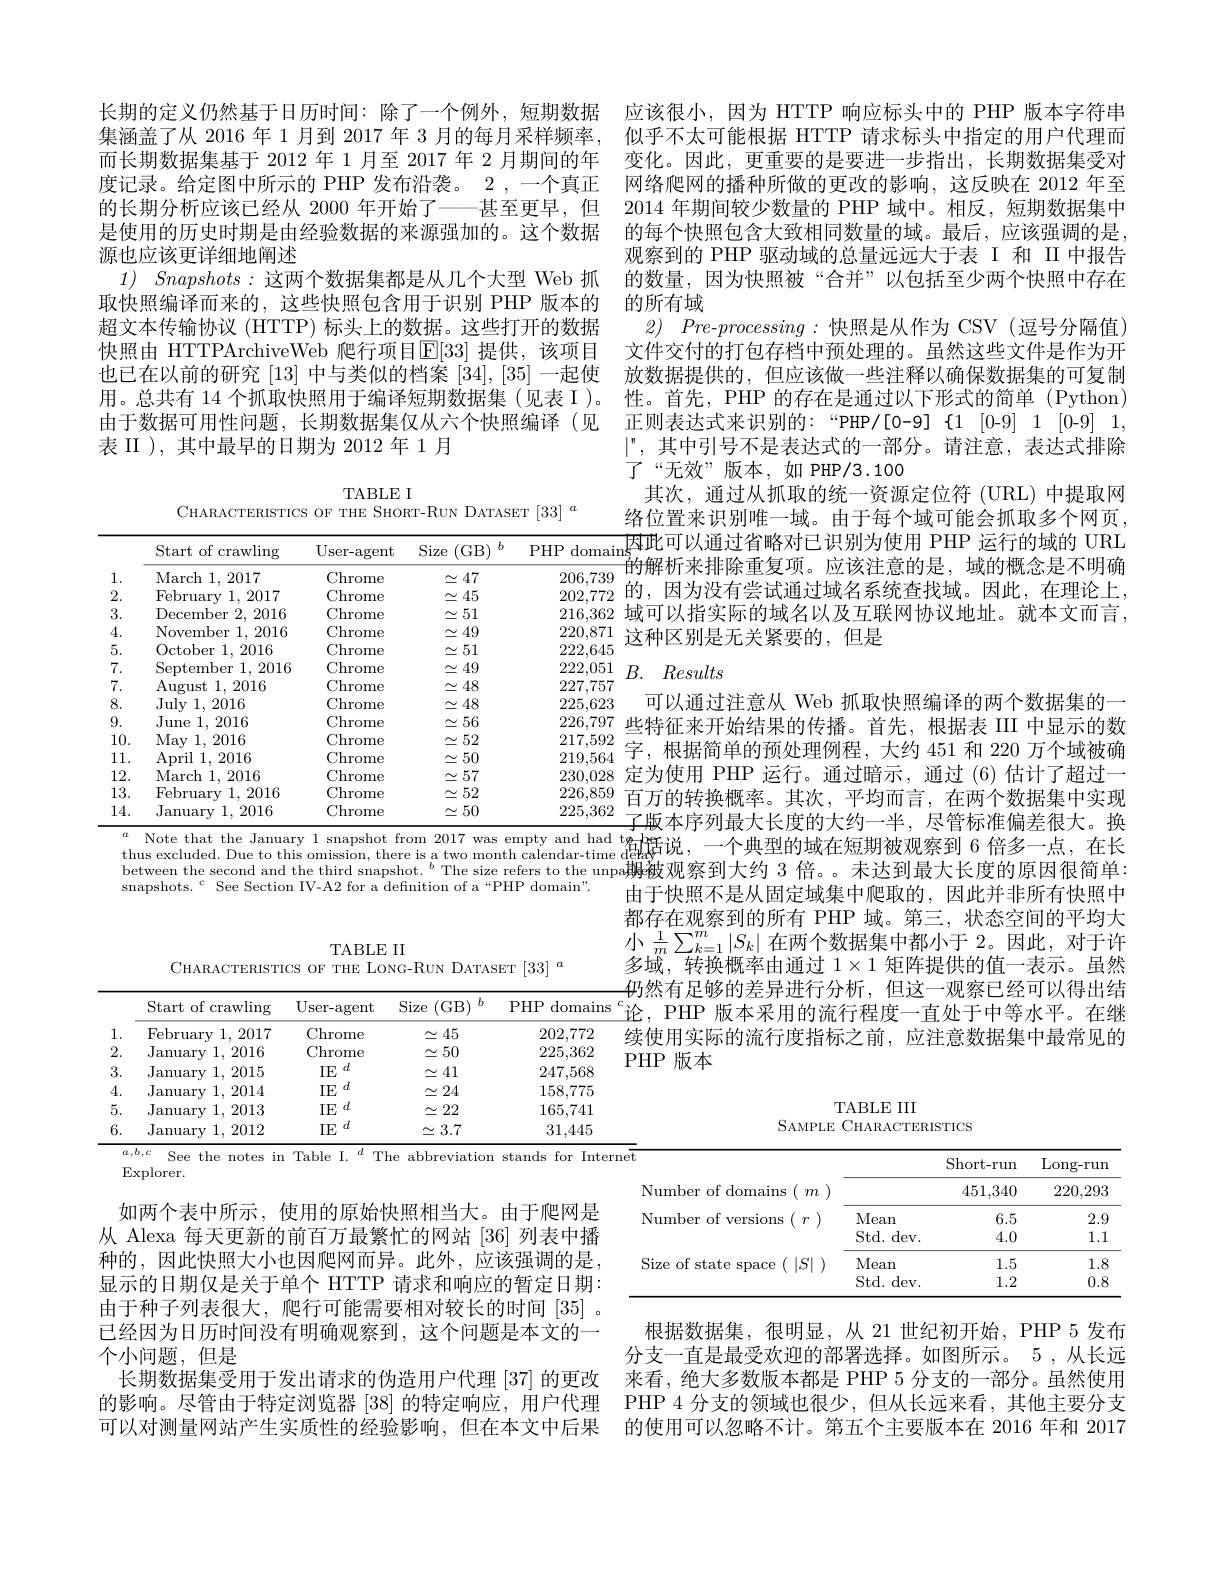
1.

$\underset{\mathrm{Chrome}}{\operatorname*{Chrome}}$

202,772

February 1,2017

$\simeq45$

${\tilde{2}.}$

January 1,2016

$\simeq50$

225,362

$\underset{\mathrm{TF~d}}{\operatorname*{Chrome}}$

January 1,2015

IE $^d$

3.

$\simeq41$

247,568

${\mathrm{IE}}^{\:}{\mathrm{IE}}^{d}$

$\begin{array}{llllllllllllllllllll}&&&&&&&&&&&&&&&&\\&4.&&&&&&&&&&&&&&&\end{array}$

158,775

$\simeq24$

5.

IE $^d$

$\underline{=22}$

January 1,2013

165,741

IE $^d$

6.

31,445

$\simeq3.7$

January 1,2012

${\frac{a,b,c\:\mathrm{See~the~notes~in~Table~I.~}^{d}\:\mathrm{The~abbreviation~stands~for~Internet}}}$

Explorer.

如两个表中所示，使用的原始快照相当大。由于爬网是从 Alexa 每天更新的前百万最繁忙的网站 [36] 列表中播种的，因此快照大小也因爬网而异。此外，应该强调的是， 显示的日期仅是关于单个 HTTP 请求和响应的暂定日期： 由于种子列表很大，爬行可能需要相对较长的时间|35|。已经因为日历时间没有明确观察到，这个问题是本文的一个小问题，但是
长期数据集受用于发出请求的伪造用户代理 [37] 的更改的影响。尽管由于特定浏览器[38]的特定响应，用户代理可以对测量网站产生实质性的经验影响，但在本文中后果

长期的定义仍然基于日历时间：除了一个例外，短期数据集涵盖了从 2016 年 1 月到 2017 年 3 月的每月采样频率， 而长期数据集基于 2012 年 1 月至 2017 年 2 月期间的年度记录。给定图中所示的 PHP 发布沿袭。2 ,一个真正的长期分析应该已经从 2000 年开始了——甚至更早，但是使用的历史时期是由经验数据的来源强加的。这个数据源也应该更详细地阐述
1) $Snapshots:$这两个数据集都是从几个大型 Web 抓取快照编译而来的，这些快照包含用于识别 PHP 版本的超文本传输协议 (HTTP) 标头上的数据。这些打开的数据快照由 HTTPArchiveWeb 爬行项目$\operatorname{E}[33]$ 提供，该项目也已在以前的研究 [13] 中与类似的档案 [34],[35] 一起使用。总共有 14 个抓取快照用于编译短期数据集 (见表 I )。由于数据可用性问题，长期数据集仅从六个快照编译(见表 II ), 其中最早的日期为 2012 年 1 月

TABLE I
CHARACTERISTICS OF THE SHORT-RUN DATASET $[33]^a$

### $B.$ Results
<table>
	<tbody>
		<tr>
			<th> </th>
			<th>Start of crawling</th>
			<th>User- agent</th>
			<th>Size (GB)</th>
			<th>$PHP$ domaina</th>
		</tr>
		<tr>
			<td>1</td>
			<td>March 1, 2017</td>
			<td>Chrome</td>
			<td>$\simeq47$</td>
			<td>206,739</td>
		</tr>
		<tr>
			<td>2.</td>
			<td>February 1,2017</td>
			<td>Chrome</td>
			<td>$\simeq45$</td>
			<td>202,772</td>
		</tr>
		<tr>
			<td>3.</td>
			<td>December r 2, 2016</td>
			<td>Chrome</td>
			<td>$\simeq51$</td>
			<td>216,362 1</td>
		</tr>
		<tr>
			<td>4.</td>
			<td>November 1, 2016</td>
			<td>Chrome</td>
			<td>$\simeq49$</td>
			<td>220,871</td>
		</tr>
		<tr>
			<td>5.</td>
			<td>October 1, 2016</td>
			<td>Chrome</td>
			<td>$\simeq51$</td>
			<td>222,645</td>
		</tr>
		<tr>
			<td>7.</td>
			<td>September 1, 2016</td>
			<td>Chrome</td>
			<td>$\simeq49$</td>
			<td>222,051 </td>
		</tr>
		<tr>
			<td>7.</td>
			<td>August 1, 2016</td>
			<td>Chrome</td>
			<td>$\simeq48$</td>
			<td>227,757</td>
		</tr>
		<tr>
			<td>8.</td>
			<td>$Julv1.2016$</td>
			<td>Chrome</td>
			<td>$\simeq48$</td>
			<td>225,623</td>
		</tr>
		<tr>
			<td>9.</td>
			<td>${\mathrm{June~1,~2016}}$</td>
			<td>Chrome</td>
			<td>$\simeq56$</td>
			<td>226,797 止</td>
		</tr>
		<tr>
			<td>10.</td>
			<td>Mav 1.2016</td>
			<td>Chrome</td>
			<td>$\simeq52$</td>
			<td>217,592</td>
		</tr>
		<tr>
			<td>11.</td>
			<td>April 1, 2016</td>
			<td>Chrome</td>
			<td>$\simeq50$</td>
			<td>219,564</td>
		</tr>
		<tr>
			<td>12.</td>
			<td>March 1. 2016</td>
			<td>Chrome</td>
			<td>$\simeq57$</td>
			<td>230,028</td>
		</tr>
		<tr>
			<td>13.</td>
			<td>February 1,2016</td>
			<td>Chrome</td>
			<td>$\simeq52$</td>
			<td>226,859 r</td>
		</tr>
		<tr>
			<td>14.</td>
			<td>January 1,2016</td>
			<td>Chrome</td>
			<td>$\simeq50$ </td>
			<td>225,362</td>
		</tr>
	</tbody>
</table>

14. Jamlary $1,2016\:\overset{\mathrm{C.hrome}}\simeq30\:225,362\:\text{了版本序列最大长度的大约一半，尽管标准偏差很大。换}\\^{a}$Note that the January 1 snapshot from 2017 was empty and had $\frac{\mathrm{t}}{\mathrm{t}}$bafff说，一个典型的域在短期被观察到 6 倍多一点，在长thus excluded. Due to this omission.t here is a two month calenda

between the second and the third snapshot. $^{\mathrm{b}}$ The size refers to the unpa姆被观察到大约 3 倍。。未达到最大长度的原因很简单：
snapshots.$^c$See Section IV-A2 for a defnition of a“PHP domain”.

应该很小，因为 HTTP 响应标头中的 PHP 版本字符串似乎不太可能根据 HTTP 请求标头中指定的用户代理而变化。因此，更重要的是要进一步指出，长期数据集受对网络爬网的播种所做的更改的影响，这反映在 2012 年至2014 年期间较少数量的 PHP 域中。相反，短期数据集中的每个快照包含大致相同数量的域。最后，应该强调的是， 观察到的 PHP 驱动域的总量远远大于表 I 和 II 中报告的数量，因为快照被“合并”以包括至少两个快照中存在的所有域
2) $Pre- processing:$快照是从作为 CSV(逗号分隔值) 文件交付的打包存档中预处理的。虽然这些文件是作为开放数据提供的，但应该做一些注释以确保数据集的可复制性。首先，PHP 的存在是通过以下形式的简单(Python) $|^n$,其中引号不是表达式的一部分。请注意，表达式排除了“无效”版本，如 PHP/3.100
其次，通过从抓取的统一资源定位符 (URL) 中提取网
$\frac{\mathrm{T}\left[33\right]^{a}}{\mathrm{PHP~domains}_{\text{的解析来排降重复而}}^{\text{各位置来识别唯一域。由于每个域可能会抓取多个网页，}}{\mathrm{PHP~domains}_{\text{的解析来排险垂气而}}^{\text{因此可以通过省略对已识别为使用 PHP 运行的域的 URL}}}{\mathrm{PHP~domains}_{\text{的解析来排降垂气而}}^{\text{应该注音的具}}}{\mathrm{win}}^{\text{应该注音的具}}}$城的概念是不明确
$\overline{\text{的解析来排除重复项。应该注意的是，域的概念是不明确}}$ 的，因为没有尝试通过域名系统查找域。因此，在理论上，
216,362 域可以指实际的域名以及互联网协议地址。就本文而言，
这种区别是无关紧要的，但是

可以通过注意从 Web 抓取快照编译的两个数据集的一$_{\mathrm{,}}^{7}$些特征来开始结果的传播。首先，根据表 III 中显示的数字，根据简单的预处理例程，大约 451 和 220 万个域被确定为使用 PHP 运行。通过暗示，通过 (6) 估计了超过一百万的转换概率。其次，平均而言，在两个数据集中实现由于快照不是从固定域集中爬取的，因此并非所有快照中都存在观察到的所有 PHP 域。第三，状态空间的平均大小$\frac1m\sum_{k=1}^m|S_k|$ 在两个数据集中都小于 2。因此，对于许多域，转换概率由通过$1\times1$矩阵提供的值一表示。虽然$\textit{母 然 有 足 够 的 差 异 进 行 分 析 , 但 这 一 观 察 已 经 可 以 得 出 结 }$
$\frac {\text{Start of crawling}\:\mathrm{User- agent}\:\mathrm{Size~( GB) }^{b}\:\mathrm{PHP~domains~}^{c}\text{论 , PHP 版 本 采 用 的 流 行 程 度 一 直 处 于 中 等 水 平 。在 继 }}{\text{Eohvurv }1\:2017\:\mathrm{Chromo}}\sim 45$ 203 772 结 体 用 应 后 的 该 行 库 北 标 之 前 它 许 辛 斯 坦 维 中 是 学 画 的
续使用实际的流行度指标之前，应注意数据集中最常见的
PHP 版本

TABLE III
SAMPLE CHARACTERISTICS

<table>
	<tbody>
		<tr>
			<td>Number of domains $m$</td>
			<td> </td>
			<td>Short-run 451,340</td>
			<td>$\operatorname{Long-run}$ 220,293</td>
		</tr>
		<tr>
			<th> </th>
			<th> </th>
			<th>Short-run</th>
			<th>Long- run</th>
		</tr>
		<tr>
			<td>Number of domains $m$ 1</td>
			<td> </td>
			<td>451,340</td>
			<td>220,293</td>
		</tr>
		<tr>
			<td>Number of versions</td>
			<td>Mean</td>
			<td>6.5</td>
			<td>2.9</td>
		</tr>
		<tr>
			<td> </td>
			<td>Std. dev. </td>
			<td>4.0</td>
			<td>1.1</td>
		</tr>
		<tr>
			<td rowspan="2">Size of state space ${\mathrm{e}}\left(\left|S\right|\right)$</td>
			<td>Mean</td>
			<td>1.5</td>
			<td>1.8</td>
		</tr>
		<tr>
			<td>Std. dev.</td>
			<td>1.2</td>
			<td>0.8</td>
		</tr>
	</tbody>
</table>

根据数据集，很明显，从 21 世纪初开始，PHP 5 发布分支一直是最受欢迎的部署选择。如图所示。5,从长远来看，绝大多数版本都是 PHP 5 分支的一部分。虽然使用PHP 4 分支的领域也很少，但从长远来看，其他主要分支的使用可以忽略不计。第五个主要版本在 2016 年和 2017

TABLE II
CHARACTERISTICS OF THE LONG-RUN DATASET $[33]^a$